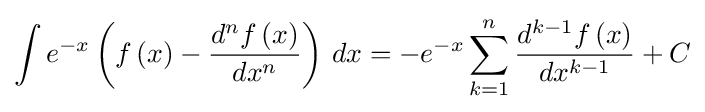
\int {e^{-x}\left(f\left(x\right)-{\frac {d^{n}f\left(x\right)}{dx^{n}}}\right)\,dx}=-e^{-x}\sum _{k=1}^{n}{\frac {d^{k-1}f\left(x\right)}{dx^{k-1}}}+C